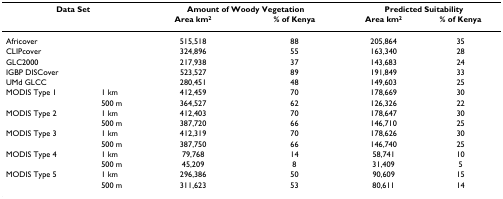
<table><thead><tr><td colspan="2"><b>Data Set</b></td><td colspan="2"><b>Amount of Woody Vegetation</b></td><td colspan="2"><b>Predicted Suitability</b></td></tr><tr><td></td><td></td><td><b>Area km<sup>2</sup></b></td><td><b>% of Kenya</b></td><td><b>Area km<sup>2</sup></b></td><td><b>% of Kenya</b></td></tr></thead><tbody><tr><td colspan="2">Africover</td><td>515,518</td><td>88</td><td>205,864</td><td>35</td></tr><tr><td colspan="2">CLIPcover</td><td>324,896</td><td>55</td><td>163,340</td><td>28</td></tr><tr><td colspan="2">GLC2000</td><td>217,938</td><td>37</td><td>143,683</td><td>24</td></tr><tr><td colspan="2">IGBP DISCover</td><td>523,527</td><td>89</td><td>191,849</td><td>33</td></tr><tr><td colspan="2">UMd GLCC</td><td>280,451</td><td>48</td><td>149,603</td><td>25</td></tr><tr><td>MODIS Type 1</td><td>1 km</td><td>412,459</td><td>70</td><td>178,669</td><td>30</td></tr><tr><td></td><td>500 m</td><td>364,527</td><td>62</td><td>126,326</td><td>22</td></tr><tr><td>MODIS Type 2</td><td>1 km</td><td>412,403</td><td>70</td><td>178,647</td><td>30</td></tr><tr><td></td><td>500 m</td><td>387,720</td><td>66</td><td>146,710</td><td>25</td></tr><tr><td>MODIS Type 3</td><td>1 km</td><td>412,319</td><td>70</td><td>178,626</td><td>30</td></tr><tr><td></td><td>500 m</td><td>387,750</td><td>66</td><td>146,740</td><td>25</td></tr><tr><td>MODIS Type 4</td><td>1 km</td><td>79,768</td><td>14</td><td>58,741</td><td>10</td></tr><tr><td></td><td>500 m</td><td>45,209</td><td>8</td><td>31,409</td><td>5</td></tr><tr><td>MODIS Type 5</td><td>1 km</td><td>296,386</td><td>50</td><td>90,609</td><td>15</td></tr><tr><td></td><td>500 m</td><td>311,623</td><td>53</td><td>80,611</td><td>14</td></tr></tbody></table>